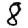
Digit: 8